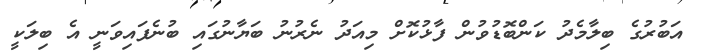
އަބުރުގެ ބިލާމެދު ކަންބޮޑުވުން ފާޅުކޮށް މިއަދު ނެރުނު ބަޔާނުގައި ބުނެފައިވަނީ އެ ބިލަކީ